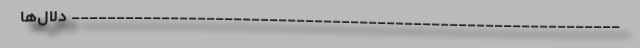
------------------------------------------------------------- دلال‌ها